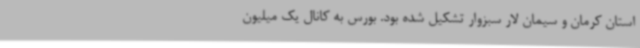
استان کرمان و سیمان لار سبزوار تشکیل شده بود. بورس به کانال یک میلیون